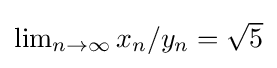
\textstyle \lim _{n\to \infty }x_{n}/y_{n}={\sqrt {5}}